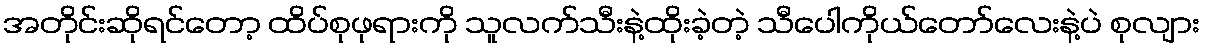
အတိုင်းဆိုရင်တော့ ထိပ်စုဖုရားကို သူလက်သီးနဲ့ထိုးခဲ့တဲ့ သီပေါကိုယ်တော်လေးနဲ့ပဲ စုလျား